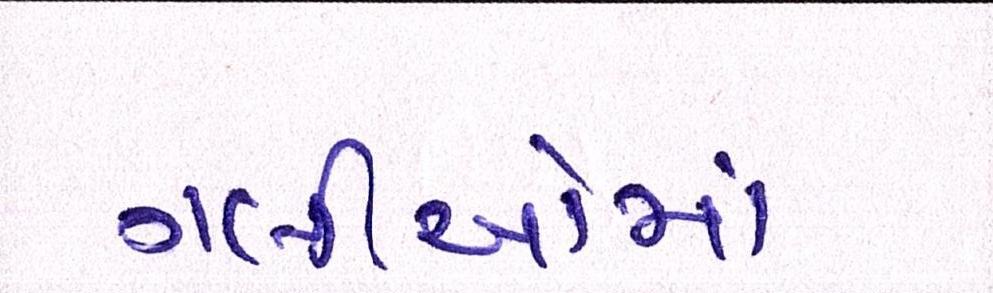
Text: ગલીઓમાં